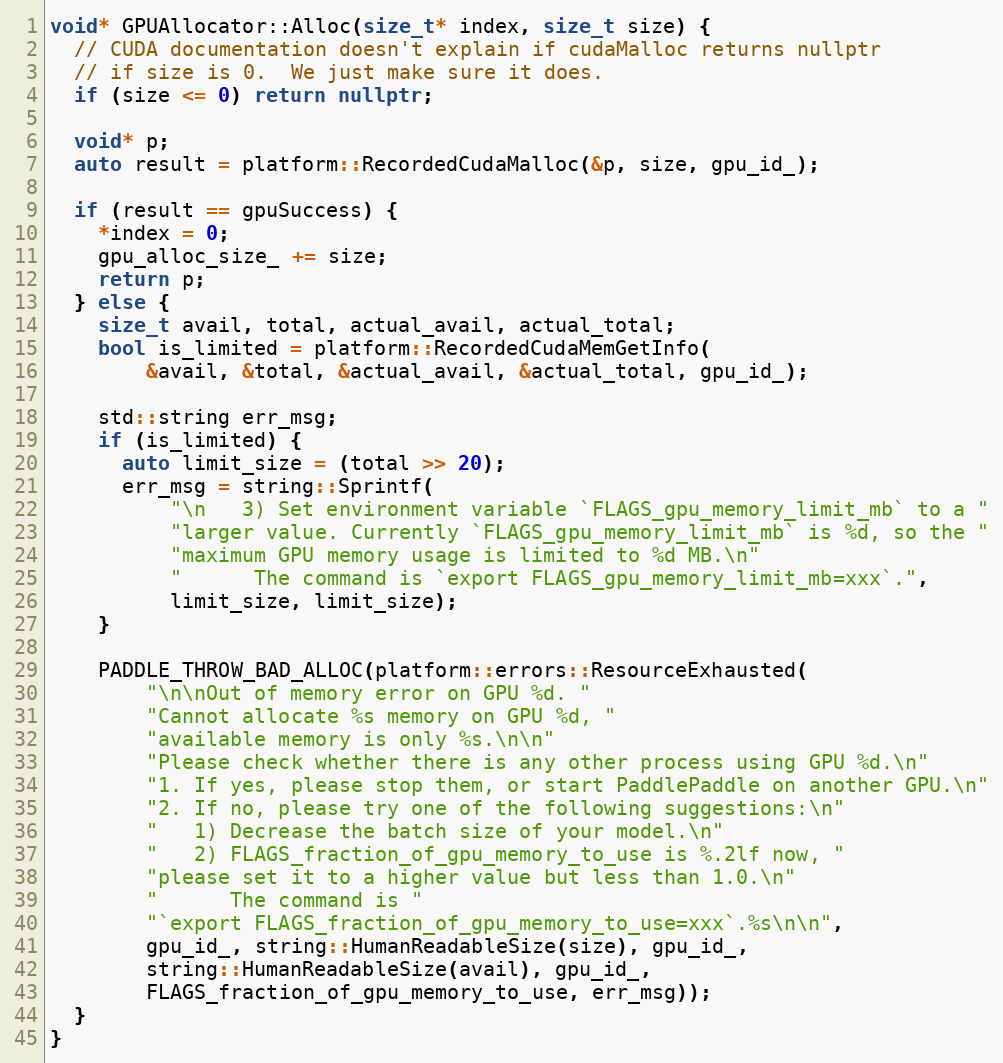
Language: C++
void* GPUAllocator::Alloc(size_t* index, size_t size) {
  // CUDA documentation doesn't explain if cudaMalloc returns nullptr
  // if size is 0.  We just make sure it does.
  if (size <= 0) return nullptr;

  void* p;
  auto result = platform::RecordedCudaMalloc(&p, size, gpu_id_);

  if (result == gpuSuccess) {
    *index = 0;
    gpu_alloc_size_ += size;
    return p;
  } else {
    size_t avail, total, actual_avail, actual_total;
    bool is_limited = platform::RecordedCudaMemGetInfo(
        &avail, &total, &actual_avail, &actual_total, gpu_id_);

    std::string err_msg;
    if (is_limited) {
      auto limit_size = (total >> 20);
      err_msg = string::Sprintf(
          "\n   3) Set environment variable `FLAGS_gpu_memory_limit_mb` to a "
          "larger value. Currently `FLAGS_gpu_memory_limit_mb` is %d, so the "
          "maximum GPU memory usage is limited to %d MB.\n"
          "      The command is `export FLAGS_gpu_memory_limit_mb=xxx`.",
          limit_size, limit_size);
    }

    PADDLE_THROW_BAD_ALLOC(platform::errors::ResourceExhausted(
        "\n\nOut of memory error on GPU %d. "
        "Cannot allocate %s memory on GPU %d, "
        "available memory is only %s.\n\n"
        "Please check whether there is any other process using GPU %d.\n"
        "1. If yes, please stop them, or start PaddlePaddle on another GPU.\n"
        "2. If no, please try one of the following suggestions:\n"
        "   1) Decrease the batch size of your model.\n"
        "   2) FLAGS_fraction_of_gpu_memory_to_use is %.2lf now, "
        "please set it to a higher value but less than 1.0.\n"
        "      The command is "
        "`export FLAGS_fraction_of_gpu_memory_to_use=xxx`.%s\n\n",
        gpu_id_, string::HumanReadableSize(size), gpu_id_,
        string::HumanReadableSize(avail), gpu_id_,
        FLAGS_fraction_of_gpu_memory_to_use, err_msg));
  }
}